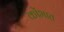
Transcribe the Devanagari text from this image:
कोंभात